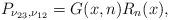
LaTeX: \begin{gather*}P_{\nu_{23}, \nu_{12}}= G(x,n)R_n(x),\end{gather*}